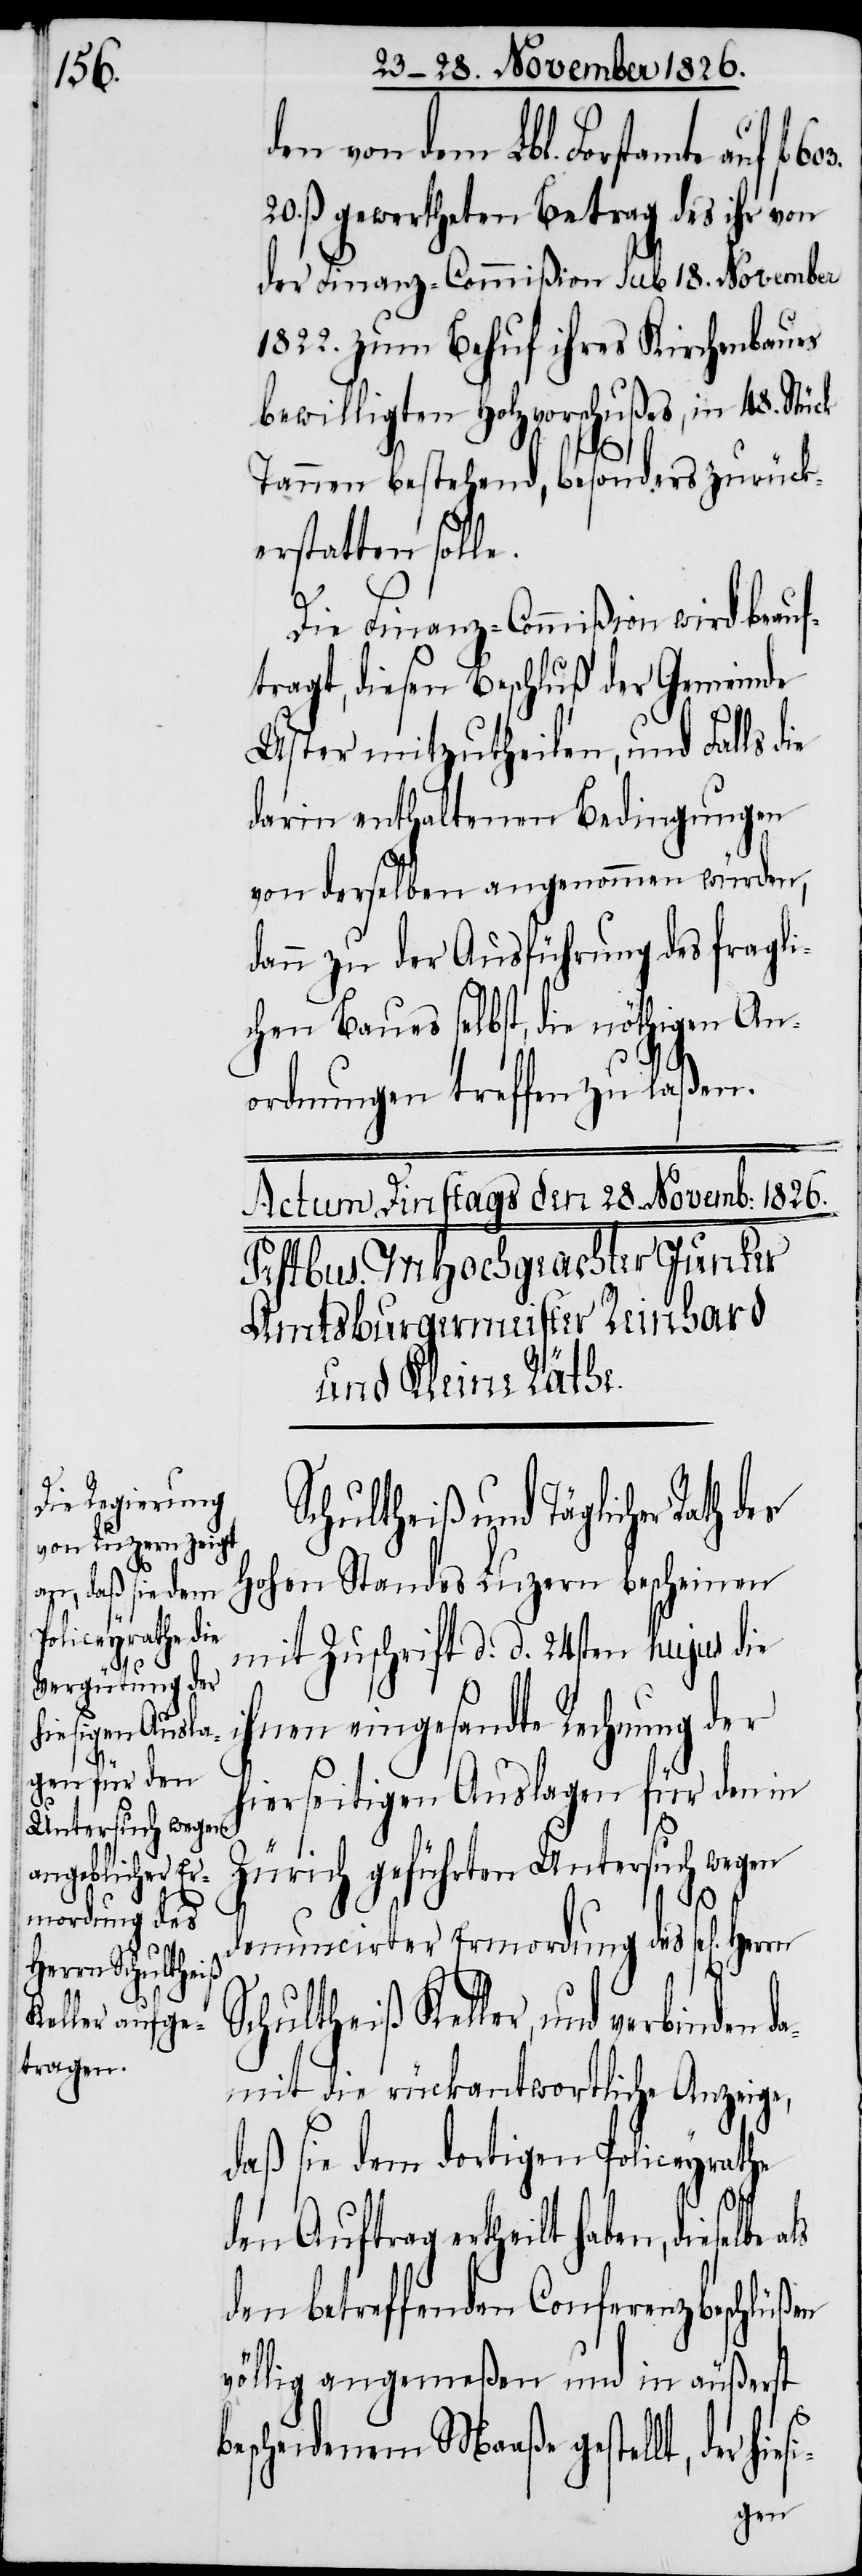
da¬

den von dem Lbl. Forstamte au¬
20. ß. gewertheten Betrag des ihr von
der Finanz-Commißion sub 18. November
1822. zum Behuf ihres Kirchenbaues
bewilligten Holzvorschußes, in 48. Stück
Tannen bestehend, besonders zurück¬
erstatten solle.
Die Finanz-Commißion wird beauf¬
tragt, diesen Beschluß der Gemeinde
Uster mitzutheilen, und Falls die
darin enthaltenen Bedingungen
von derselben angenommen würden,
dann zu der Ausführung des fragli¬
chen Baues selbst, die nöthigen An¬
ordnungen treffen zu laßen.
Schultheiß und Täglicher Rath
hohen Standes Luzern bescheinen
mit Zuschrift d. d. 24sten hujus die
ihnen eingesandte Rechnung der
hierseitigen Auslagen für den in
Zürich geführten Untersuch wegen
denuncirter Ermordung des sel[igen]
Schultheiß Keller, und verbinden
mit die rückantwortliche Anzeige,
daß sie dem dortigen Policeyrathe
603.
den Auftrag ertheilt haben, dieselbe
den betreffenden Conferenzbeschlüßen
völlig angemeßen und in äußerst
bescheidenem Maaße gestellt, der